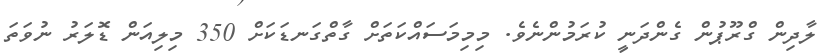
ލާދިން ގްރޫޕުން ގެންދަނީ ކުރަމުންނެވެ. މިމިމަަސައްކަތަށް ގާތްގަނޑަކަށް 350 މިލިއަން ޑޮލަރު ނުވަަތަ